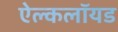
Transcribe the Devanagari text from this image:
ऐल्कलॉयड